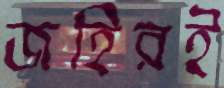
জহিরই